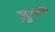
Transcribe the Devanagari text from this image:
ख़ुशख़त